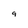
Character: g